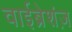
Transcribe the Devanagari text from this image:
वाईब्रेशंज़